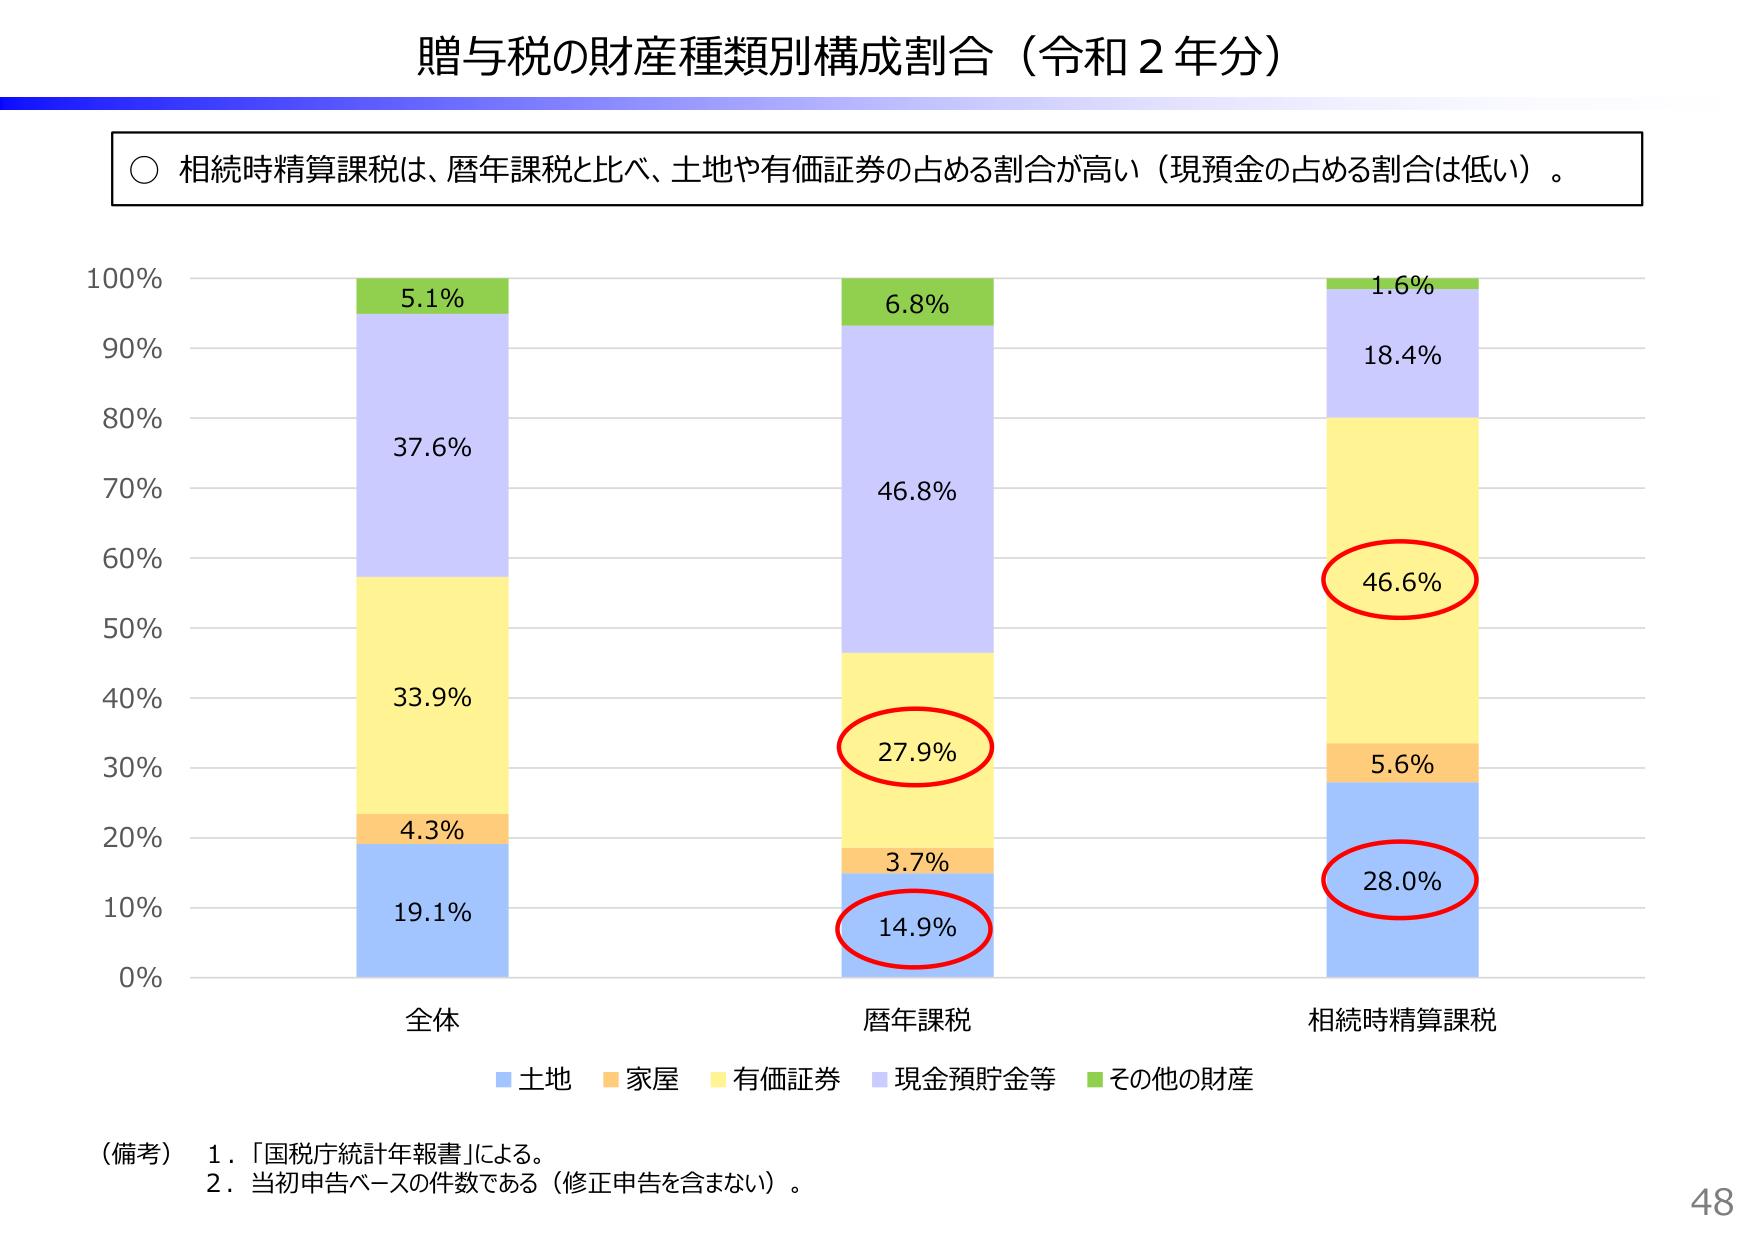
贈与税の財産種類別構成割合（令和２年分）

○ 相続時精算課税は、暦年課税と比べ、土地や有価証券の占める割合が高い（現預金の占める割合は低い）。

100%
90%
80%
70%
60%
50%
40%
30%
20%
10%
0%

5.1%
37.6%
33.9%
4.3%
19.1%

6.8%
46.8%
27.9%
3.7%
14.9%

1.6%
18.4%
46.6%
5.6%
28.0%

全体
暦年課税
相続時精算課税

■ 土地 ■ 家屋 ■ 有価証券 ■ 現金預貯金等 ■ その他の財産

（備考） 1．「国税庁統計年報書」による。
　　　　2．当初申告ベースの件数である（修正申告を含まない）。

48